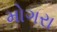
મોગરા